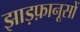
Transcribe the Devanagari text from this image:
झाड़फ़ानूसों